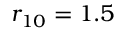
r _ { 1 0 } = 1 . 5